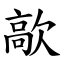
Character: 歊